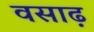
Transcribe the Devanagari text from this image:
वसाढ़